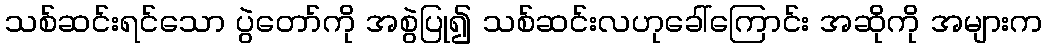
သစ်ဆင်းရင်သော ပွဲတော်ကို အစွဲပြု၍ သစ်ဆင်းလဟုခေါ်ကြောင်း အဆိုကို အများက